system: You are a helpful assistant.
user:
Analyze the provided spectrum to determine if it is a **Carbon Star (C-type)**.

- **Key Visual Indicators of Carbon Star:**
    - **(Primary):** Strong molecular absorption from **C₂ (diatomic carbon) "Swan Bands."** This is the **defining feature** of a carbon star.
        - **(Key Bandheads):** Sharp absorption edges are visible at approximately $5635$ Å, $5165$ Å (the strongest band), and $4737$ Å.
        - **(Line Profile):** Creates a distinct **"saw-tooth"** pattern. The key morphology is a sharp, steep bandhead on the **red (long-wavelength) side**, which then gradually tapers off (i.e., flux recovers) towards the **blue (short-wavelength) side**. *(This is the direct opposite of the TiO bands seen in M-type stars)*.

    - **(Secondary):** Intense **CN (cyanogen)** molecular absorption bands.
        - **(Key Bandheads):** Located in the blue and violet regions of the spectrum (e.g., near $4215$ Å and $3883$ Å).
        - **(Morphology):** These bands are extremely broad and act as a "blanket," absorbing the vast majority of blue and violet light. This creates a characteristic **"cliff"** or **"steep drop-off"** in the spectrum's flux at short wavelengths.

    - **(Key Confirmation):** Strong **CH absorption band (G-band)**.
        - **(Key Bandhead):** Located around $4300$ Å. The contribution from CH molecules to this band is exceptionally strong.

    - **(Overall Spectrum):**
        - The continuum is severely "chopped up" by these deep molecular bands, especially C₂, rather than appearing as a smooth curve.
        - Due to the heavy CN and C₂ absorption in the blue-green, the vast majority of the star's flux is concentrated in the red part of the spectrum, giving the star its characteristic deep red color.

Think first, call **spectral_visualization_tool** if needed to examine features in detail, then provide your final answer. Your response must adhere to the following strict rules:
1.  **Overall Structure:** Your response must follow the format `<think>...</think> <tool_call>...</tool_call> (if a tool is used) <answer>...</answer>`.
2.  **Tool Usage Constraint:** You may only make **one** tool call per turn.
3.  **Final Answer Format:** In the `<answer>` tag, your conclusion must be inside a `\boxed{}` command (e.g., `\boxed{YES}`), followed by your justification.

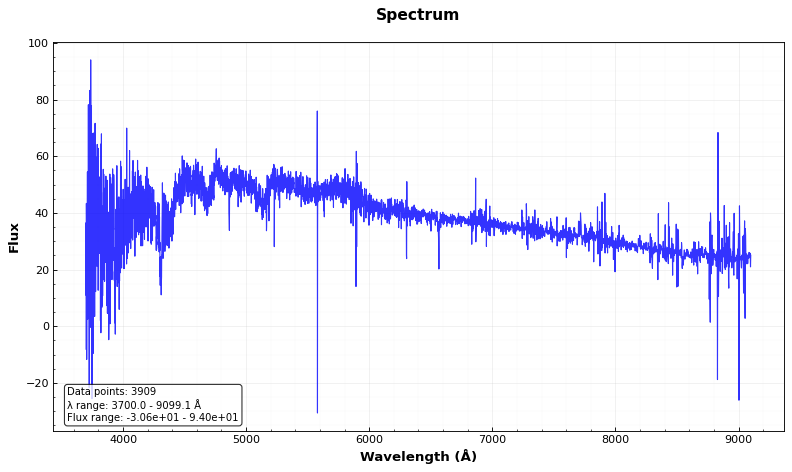
Answer: YES